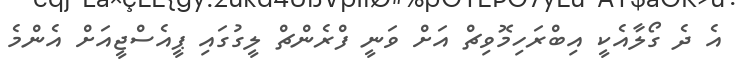
އެ ދެ ގޯލާއެކީ އިބްރަހިމޮވިޗް އަށް ވަނީ ފްރެންޗް ލީގުގައި ޕީއެސްޖީއަށް އެންމެ